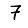
Digit: 7